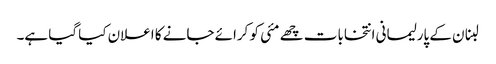
لبنان کے پارلیمانی انتخابات چھے مئی کو کرائے جانے کا اعلان کیا گیا ہے۔